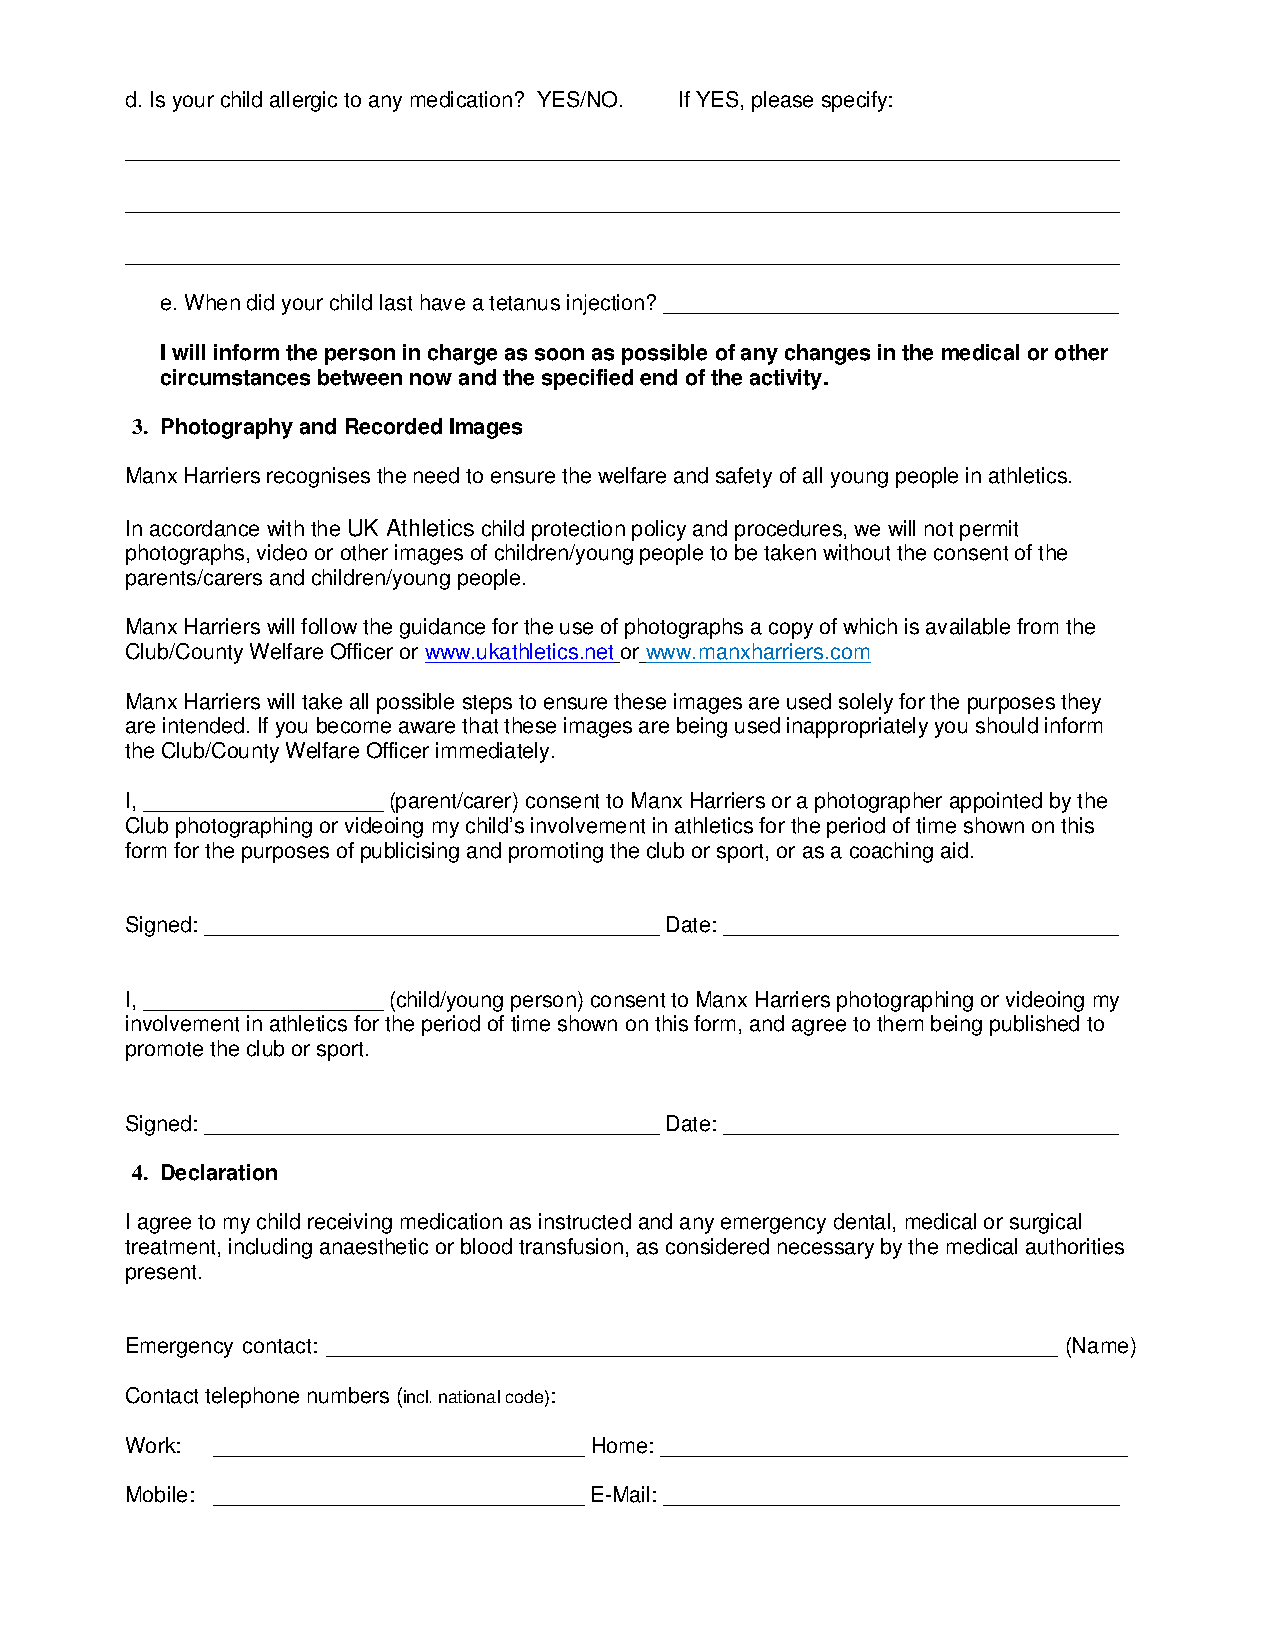
d. Is your child allergic to any medication? YES/NO. If YES, please specify:
 ___________________________________________________________________________________
 ___________________________________________________________________________________
 ___________________________________________________________________________________
 e. When did your child last have a tetanus injection? ______________________________________
 I will inform the person in charge as soon as possible of any changes in the medical or other
 circumstances between now and the specified end of the activity.
 3. Photography and Recorded Images
 Manx Harriers recognises the need to ensure the welfare and safety of all young people in athletics.
 In accordance with the UK Athletics child protection policy and procedures, we will not permit
 photographs, video or other images of children/young people to be taken without the consent of the
 parents/carers and children/young people.
 Manx Harriers will follow the guidance for the use of photographs a copy of which is available from the
 Club/County Welfare Officer or www.ukathletics.net or www.manxharriers.com
 Manx Harriers will take all possible steps to ensure these images are used solely for the purposes they
 are intended. If you become aware that these images are being used inappropriately you should inform
 the Club/County Welfare Officer immediately.
 I, ____________________ (parent/carer) consent to Manx Harriers or a photographer appointed by the
 Club photographing or videoing my child’s involvement in athletics for the period of time shown on this
 form for the purposes of publicising and promoting the club or sport, or as a coaching aid.
 Signed: ______________________________________ Date: _________________________________
 I, ____________________ (child/young person) consent to Manx Harriers photographing or videoing my
 involvement in athletics for the period of time shown on this form, and agree to them being published to
 promote the club or sport.
 Signed: ______________________________________ Date: _________________________________
 4. Declaration
 I agree to my child receiving medication as instructed and any emergency dental, medical or surgical
 treatment, including anaesthetic or blood transfusion, as considered necessary by the medical authorities
 present.
 Emergency contact: _____________________________________________________________ (Name)
 Contact telephone numbers (incl. national code):
 Work: _______________________________ Home: _______________________________________
 Mobile: _______________________________ E-Mail: ______________________________________